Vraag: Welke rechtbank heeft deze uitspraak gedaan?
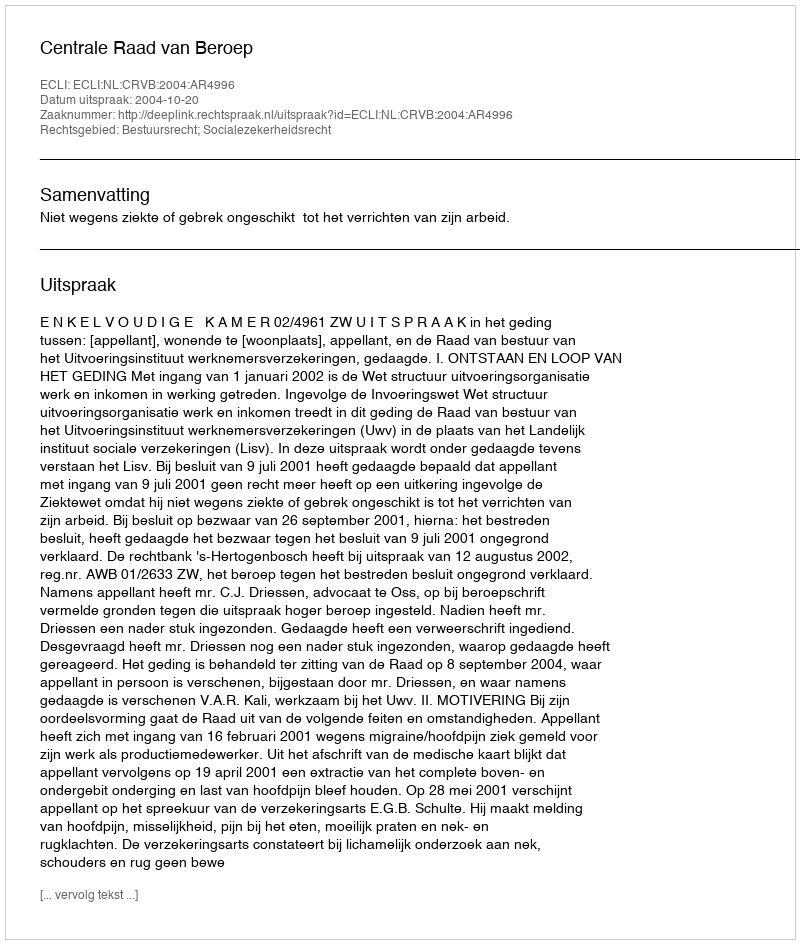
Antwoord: Centrale Raad van Beroep